65_HS1-834228961_62-HQ-83894_Serial_130
Agency: FBI
Page 31
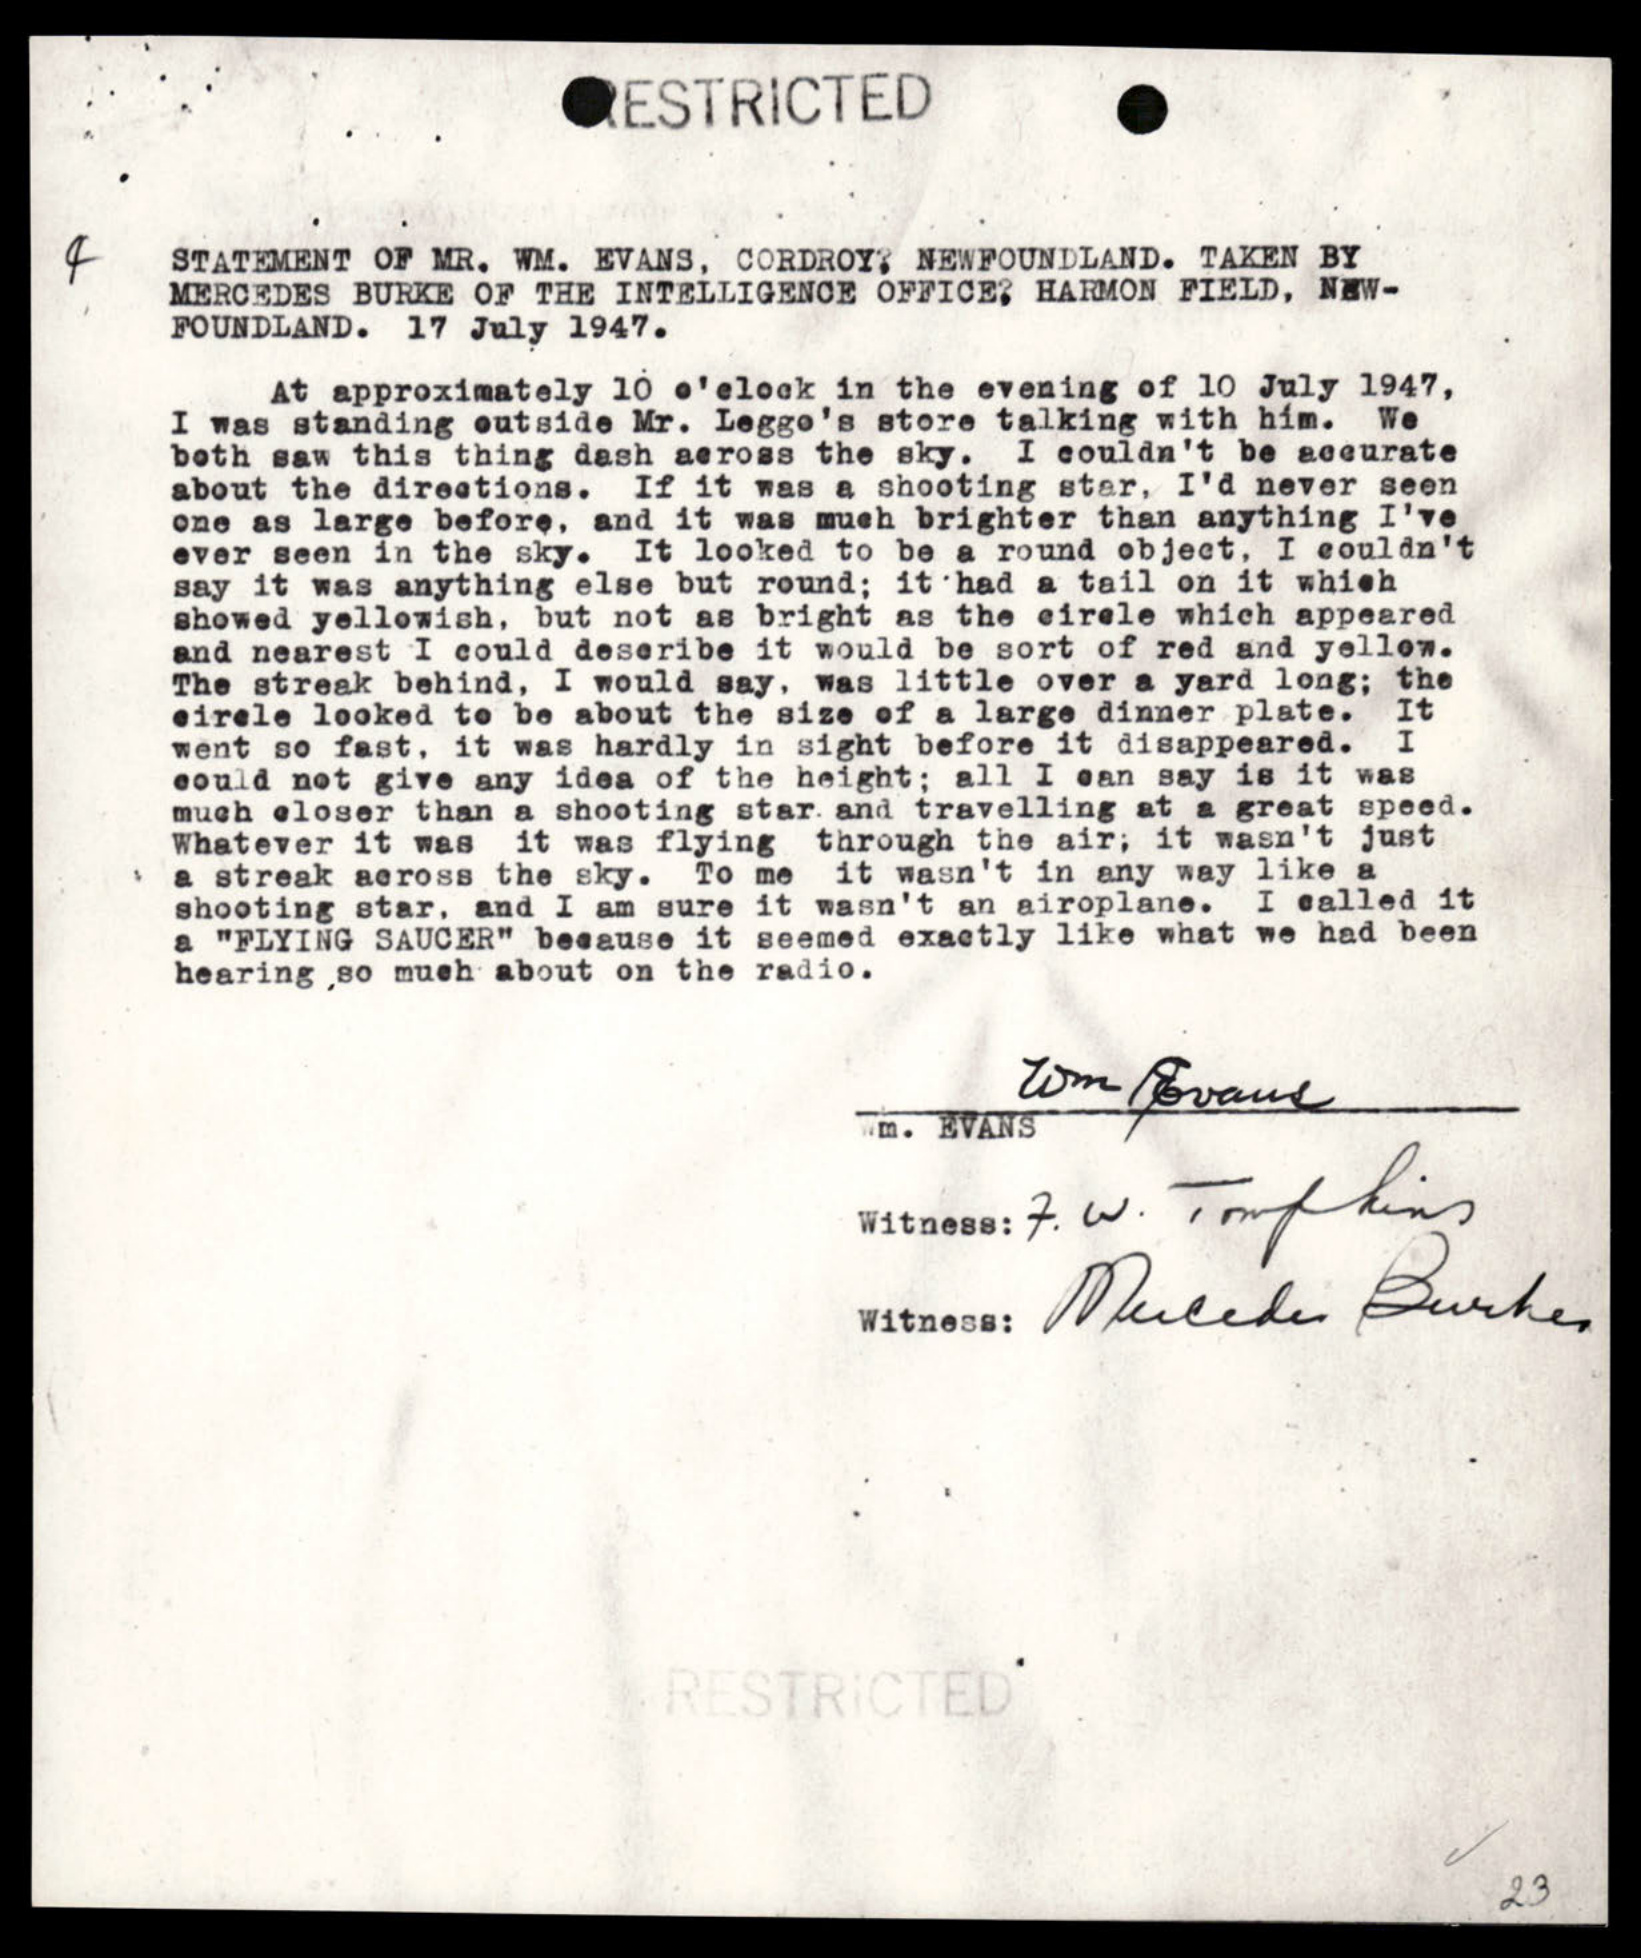